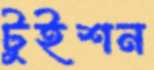
টুইশন